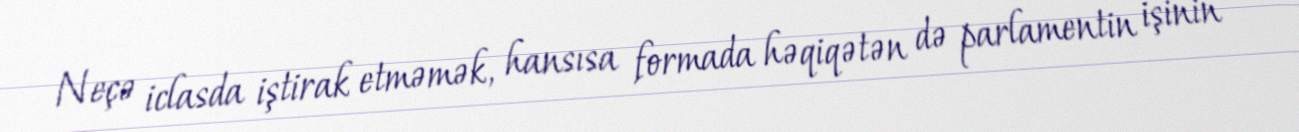
Neçə iclasda iştirak etməmək, hansısa formada həqiqətən də parlamentin işinin